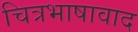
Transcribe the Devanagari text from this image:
चित्रभाषावाद